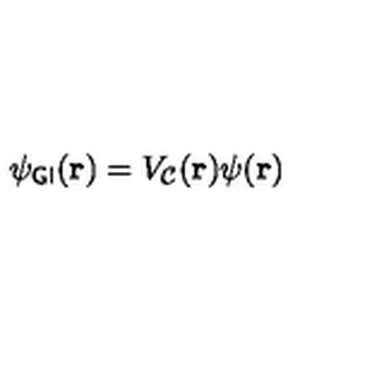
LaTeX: \psi _ { \sf G I } ( { \bf { r } } ) = V _ { \cal { C } } ( { \bf { r } } ) \psi ( { \bf { r } } )